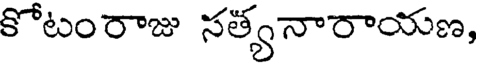
కోటంరాజు సత్యనారాయణ,